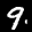
Label: 9